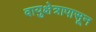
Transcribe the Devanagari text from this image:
वायुक्षेत्रापासून